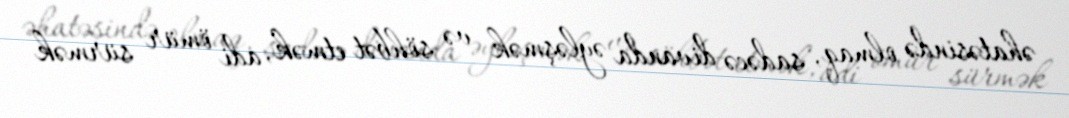
əhatəsində olmaq, sadəcə divanda əyləşmək və söhbət etmək, adi ömür sürmək